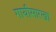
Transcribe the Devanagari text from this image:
गायीसारखा